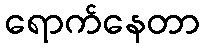
ရောက်နေတာ